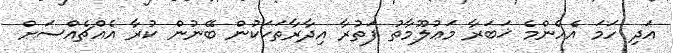
އަދި ހަމަ އެހެންމެ ޚަބަރާ މަޢުލޫމާތު ފަތުރާ އިދާރާތަކަކުން ބޭނުން ކުރާ އެއްޗެއްސަށް